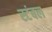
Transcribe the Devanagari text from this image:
स्टंबल